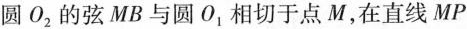
圆O_{2}的弦MB与圆O_{1}相切于点M，在直线MP